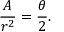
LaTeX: { \frac { A } { r ^ { 2 } } } = { \frac { \theta } { 2 } } .